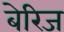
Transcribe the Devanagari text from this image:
बेरिज